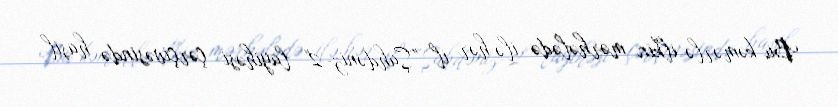
Bu kəmərlə ilkin mərhələdə ilə hər il "Şahdəniz-2" layihəsi çərçivəsində hasil